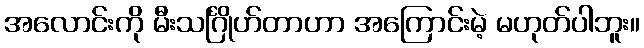
အလောင်းကို မီးသင်္ဂြိုဟ်တာဟာ အကြောင်းမဲ့ မဟုတ်ပါဘူး။